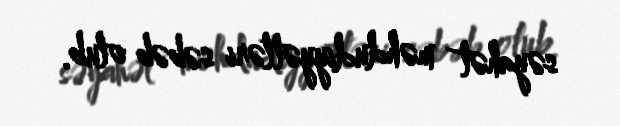
səyahət məhdudiyyətləri səbəb olub.